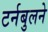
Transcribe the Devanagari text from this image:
टर्नबुलने